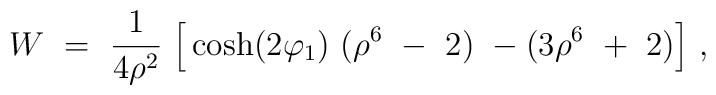
W~=~ {1 \over 4 \rho^2}~ \Big[\cosh(2 \varphi_1)~( \rho^{6}~-~ 2)~ - ( 3\rho^{6} ~+~ 2 ) \Big] \ ,